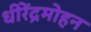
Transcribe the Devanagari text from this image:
धीरेंद्रमोहन